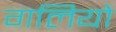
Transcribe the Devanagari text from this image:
गलियो